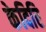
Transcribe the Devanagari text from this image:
केदिरि